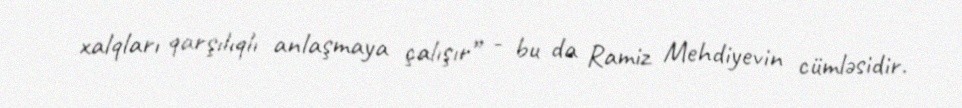
xalqları qarşılıqlı anlaşmaya çalışır” - bu da Ramiz Mehdiyevin cümləsidir.